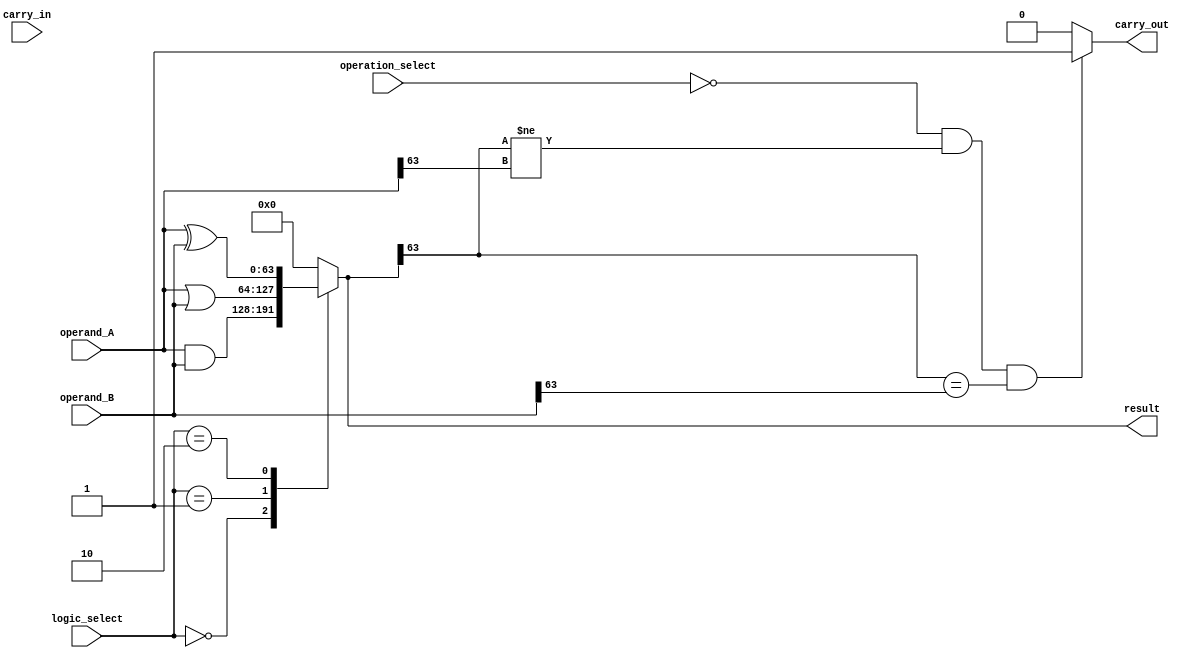
module alu_64bit (
    input [63:0] operand_A,
    input [63:0] operand_B,
    input [2:0] operation_select,
    input [2:0] logic_select,
    input carry_in,
    output [63:0] result,
    output carry_out
);

reg [63:0] temp_result;
reg carry_out;

always @(*) begin
    case(operation_select)
        3'b000: temp_result = operand_A + operand_B;
        3'b001: temp_result = operand_A - operand_B;
        3'b010: temp_result = operand_A * operand_B;
        3'b011: temp_result = operand_A / operand_B;
        default: temp_result = 64'd0; // Default to zero for other control signals
    endcase
    
    case(logic_select)
        3'b000: temp_result = operand_A & operand_B;
        3'b001: temp_result = operand_A | operand_B;
        3'b010: temp_result = operand_A ^ operand_B;
        default: temp_result = 64'd0; // Default to zero for other control signals
    endcase
    
    if(operation_select == 3'b000 && temp_result[63] != operand_A[63] && temp_result[63] == operand_B[63])
        carry_out = 1; // Overflow in addition operation
    else
        carry_out = 0;
end

assign result = temp_result;

endmodule